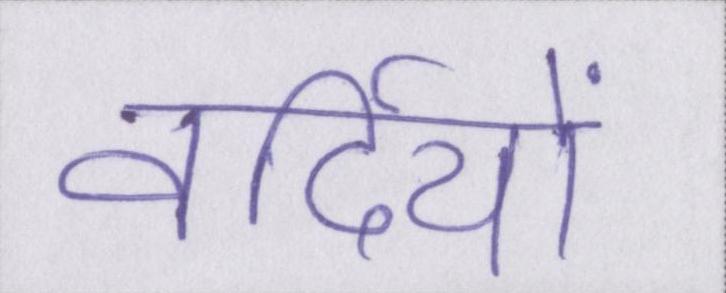
वर्दियों